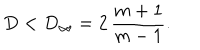
LaTeX: D < D _ { \infty } = 2 \, \frac { m + 1 } { m - 1 } .